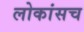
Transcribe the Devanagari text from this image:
लोकांसच